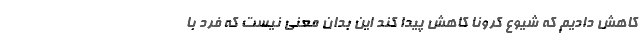
کاهش دادیم که شیوع کرونا کاهش پیدا کند این بدان معنی نیست که فرد با